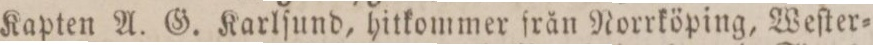
Kapten A. G. Karlſund, hitkommer från Norrköping, Weſter=